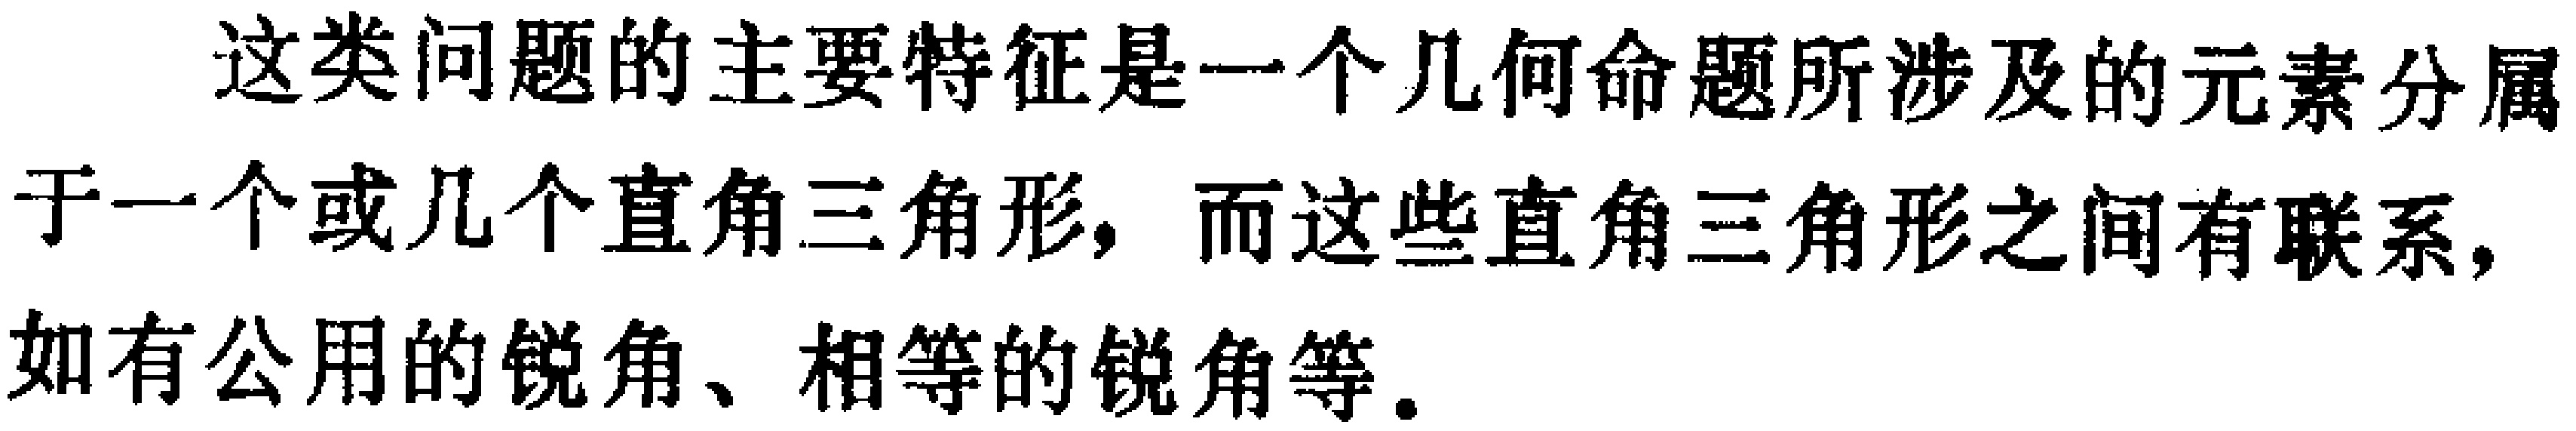
这类问题的主要特征是一个几何命题所涉及的元素分属于一个或几个直角三角形，而这些直角三角形之间有联系，如有公用的锐角、相等的锐角等。